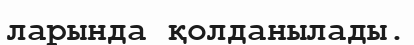
ларында қолданылады.